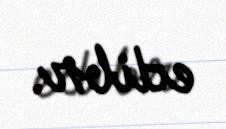
edibr.